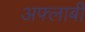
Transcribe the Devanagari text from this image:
अफ्लाबी